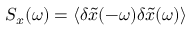
S _ { x } ( \omega ) = \langle \delta \tilde { x } ( - \omega ) \delta \tilde { x } ( \omega ) \rangle